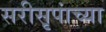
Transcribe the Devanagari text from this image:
सरीसृपांच्या